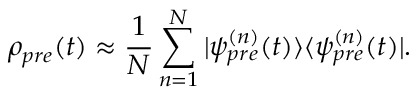
\rho _ { p r e } ( t ) \approx \frac { 1 } { N } \sum _ { n = 1 } ^ { N } | \psi _ { p r e } ^ { ( n ) } ( t ) \rangle \langle \psi _ { p r e } ^ { ( n ) } ( t ) | .